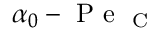
\alpha _ { 0 } - \mathrm { ~ P ~ e ~ } _ { \mathrm { ~ C ~ } }